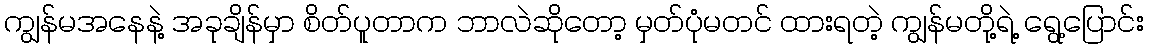
ကျွန်မအနေနဲ့ အခုချိန်မှာ စိတ်ပူတာက ဘာလဲဆိုတော့ မှတ်ပုံမတင် ထားရတဲ့ ကျွန်မတို့ရဲ့ ရွေ့ပြောင်း